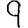
Digit: 9